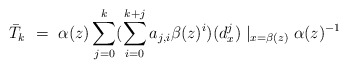
\begin{align*} \bar{T}_k\ = \ \alpha (z) \sum_{j=0}^{k} (\sum_{i=0}^{k+j} a_{j,i} \beta(z)^i )(d^j_x)\mid_{x = \beta (z)}\alpha (z) ^{-1}\end{align*}